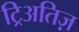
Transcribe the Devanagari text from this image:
ट्रिअतिज़